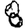
Digit: 8